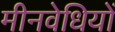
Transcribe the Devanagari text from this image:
मीनवेधियों